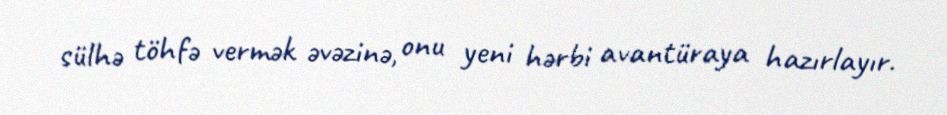
sülhə töhfə vermək əvəzinə, onu yeni hərbi avantüraya hazırlayır.